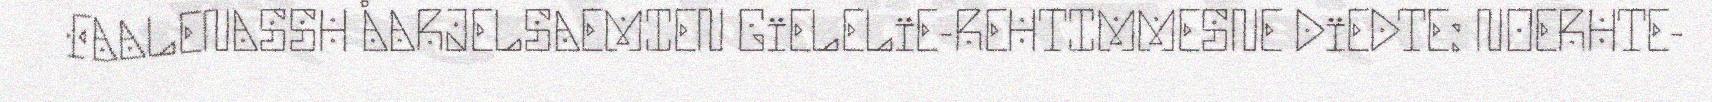
FAALENASSH ÅARJELSAEMIEN GïELELïE-REHTIMMESNE DïEDTE: NOERHTE-